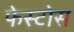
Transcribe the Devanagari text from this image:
फेस्टोस